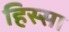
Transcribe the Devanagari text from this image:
हिस्सा